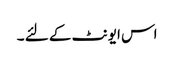
اس ایونٹ کے لئے ۔